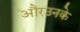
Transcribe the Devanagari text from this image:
औरउनके